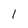
Character: 1